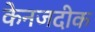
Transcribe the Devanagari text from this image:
केनजदीक